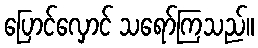
ပြောင်လှောင် သရော်ကြသည်။